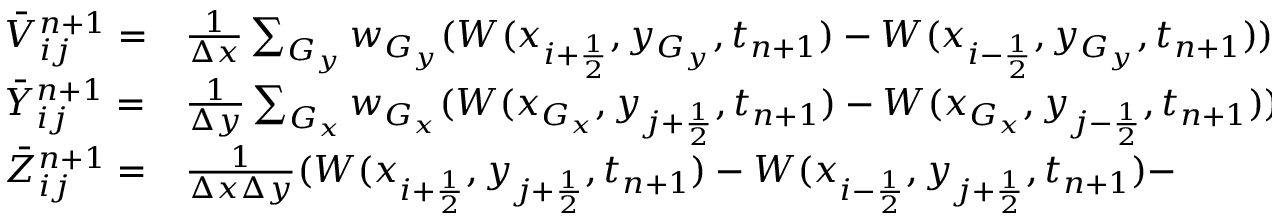
\begin{array} { l l l l } { \Bar V _ { i j } ^ { n + 1 } = } & { \frac { 1 } { \Delta x } \sum _ { G _ { y } } w _ { G _ { y } } ( W ( x _ { i + \frac { 1 } { 2 } } , y _ { G _ { y } } , t _ { n + 1 } ) - W ( x _ { i - \frac { 1 } { 2 } } , y _ { G _ { y } } , t _ { n + 1 } ) ) , } \\ { \Bar Y _ { i j } ^ { n + 1 } = } & { \frac { 1 } { \Delta y } \sum _ { G _ { x } } w _ { G _ { x } } ( W ( x _ { G _ { x } } , y _ { j + \frac { 1 } { 2 } } , t _ { n + 1 } ) - W ( x _ { G _ { x } } , y _ { j - \frac { 1 } { 2 } } , t _ { n + 1 } ) ) , } \\ { \Bar Z _ { i j } ^ { n + 1 } = } & { \frac { 1 } { \Delta x \Delta y } ( W ( x _ { i + \frac { 1 } { 2 } } , y _ { j + \frac { 1 } { 2 } } , t _ { n + 1 } ) - W ( x _ { i - \frac { 1 } { 2 } } , y _ { j + \frac { 1 } { 2 } } , t _ { n + 1 } ) - } \end{array}